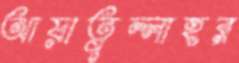
আয়াতুল্লাহর